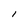
Character: l